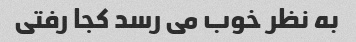
به نظر خوب می رسد کجا رفتی